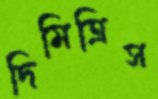
দিমিত্রিস